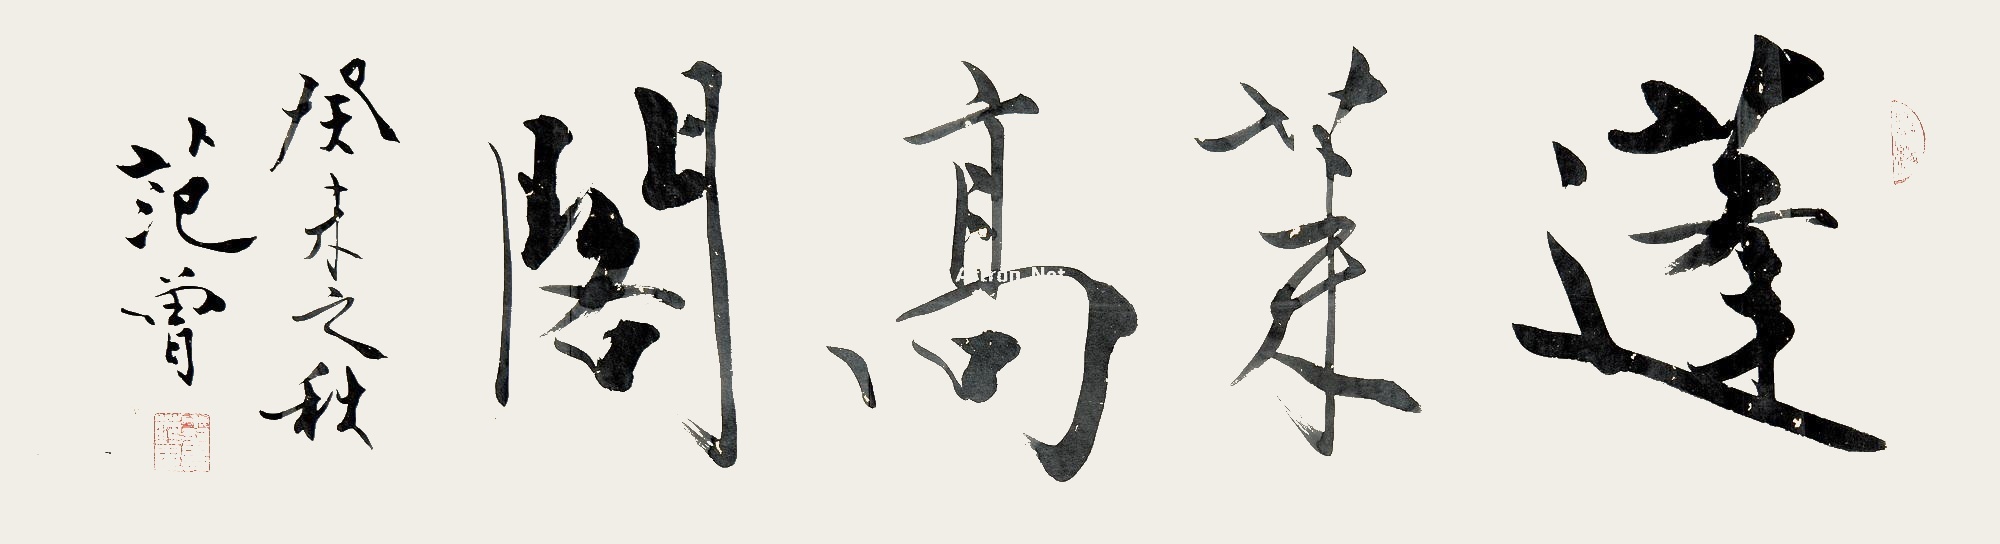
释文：蓬莱高阁癸未之秋范曾